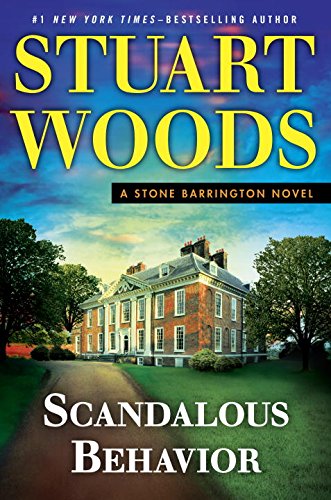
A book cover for Scandalous Behavior (A Stone Barrington Novel); Stuart Woods; Mystery, Thriller & Suspense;